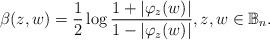
LaTeX: \begin{align*} \beta(z,w)= \dfrac{1}{2} \log \dfrac{1+|\varphi_z(w)|}{1-|\varphi_z(w)|}, z,w\in \mathbb{B}_n.\end{align*}